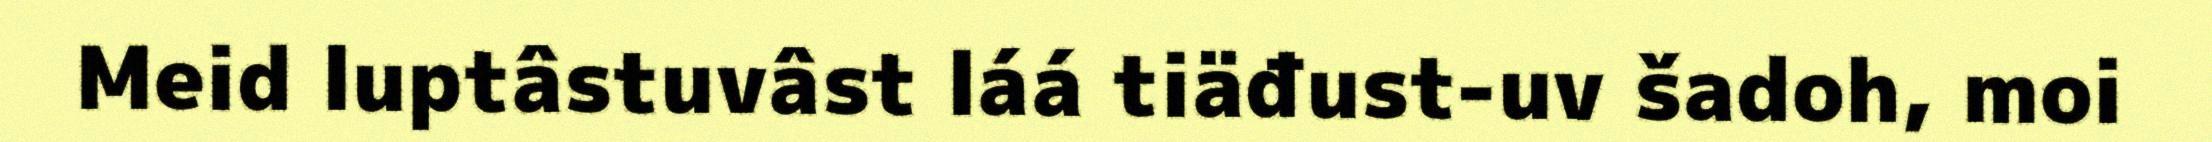
Meid luptâstuvâst láá tiäđust-uv šadoh, moi